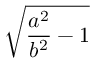
\sqrt { { \frac { a ^ { 2 } } { b ^ { 2 } } } - 1 }